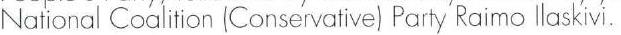
National Coalition (Conservative) Party Raimo llaskivi.